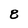
Character: 8